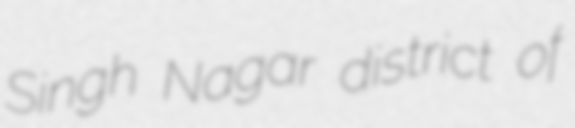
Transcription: Singh Nagar district of